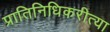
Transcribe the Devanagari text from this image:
प्रातिनिधिकरीत्या